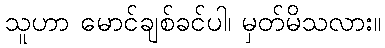
သူဟာ မောင်ချစ်ခင်ပါ၊ မှတ်မိသလား။